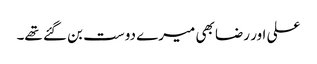
علی اور رضا بھی میرے دوست بن گئے تھے۔